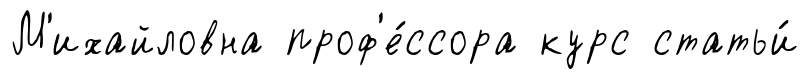
М'ихайловна проф'е́ссора курс статьи́